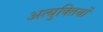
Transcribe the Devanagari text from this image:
अत्युक्तियों